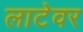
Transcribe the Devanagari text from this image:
लाटेवर